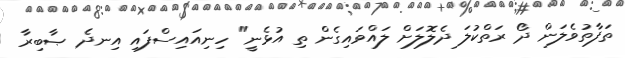
ތަފާތުވެލަން ދޯ ރަތްކުލަ ދެލޮލަށް ލައްވައިގެން ތި އުޅެނީ" ހިނިއައިސްފައި އިނދެ ޞާބިރާ